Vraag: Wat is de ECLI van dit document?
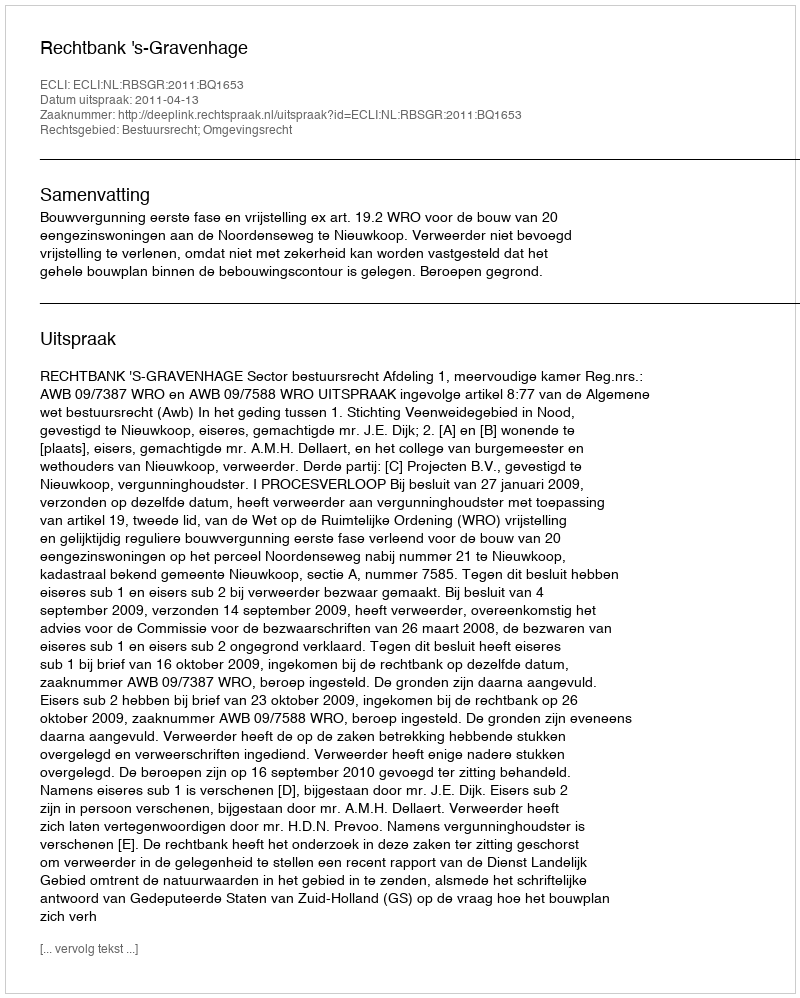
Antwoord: ECLI:NL:RBSGR:2011:BQ1653